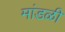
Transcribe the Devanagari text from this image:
मांडळी